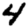
Digit: 4